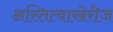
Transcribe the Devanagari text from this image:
अस्तित्वाखेरीज